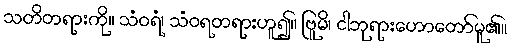
သတိတရားကို။ သံဝရံ၊ သံဝရတရားဟူ၍။ ဗြူမိ၊ ငါဘုရားဟောတော်မူ၏။